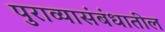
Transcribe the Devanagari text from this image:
पुराव्यासंबंधातील